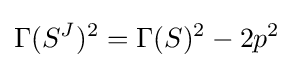
\Gamma (S^{J})^{2}=\Gamma (S)^{2}-2p^{2}